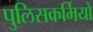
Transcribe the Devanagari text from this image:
पुलिसकर्मियों